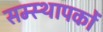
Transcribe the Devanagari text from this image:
सम्स्थापकों